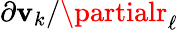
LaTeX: \partial\mathbf{v}_{k}/\partialr_{\ell}